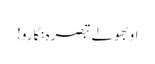
او بھولے تبصرہ نگارو!